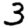
Digit: 3